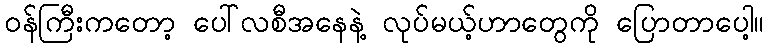
ဝန်ကြီးကတော့ ပေါ်လစီအနေနဲ့ လုပ်မယ့်ဟာတွေကို ပြောတာပေါ့။